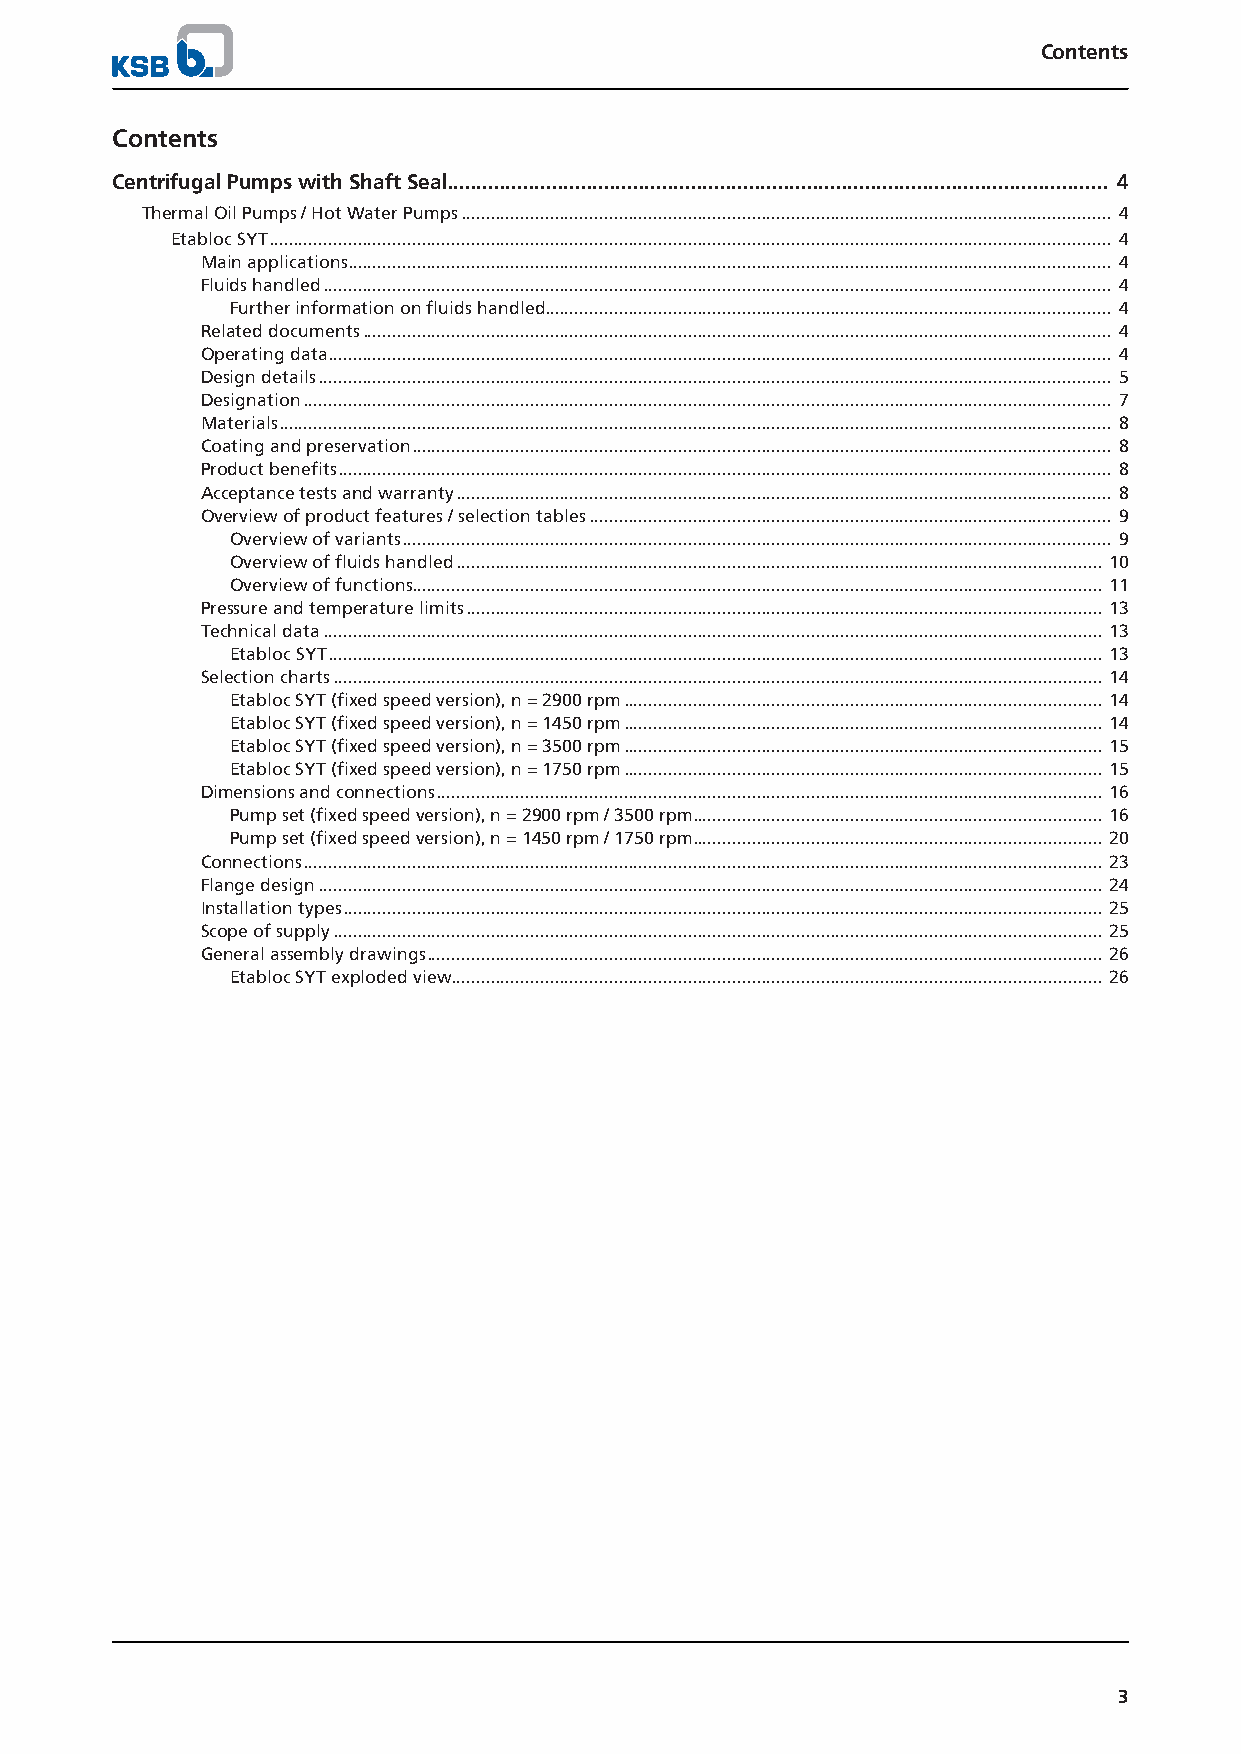
Contents
 Contents
 Centrifugal Pumps with Shaft Seal.................................................................................................................. 4
 Thermal Oil Pumps / Hot Water Pumps.................................................................................................................................... 4
 Etabloc SYT........................................................................................................................................................................... 4
 Main applications........................................................................................................................................................... 4
 Fluids handled................................................................................................................................................................ 4
 Further information on fluids handled................................................................................................................... 4
 Related documents........................................................................................................................................................ 4
 Operating data............................................................................................................................................................... 4
 Design details................................................................................................................................................................. 5
 Designation.................................................................................................................................................................... 7
 Materials......................................................................................................................................................................... 8
 Coating and preservation.............................................................................................................................................. 8
 Product benefits............................................................................................................................................................. 8
 Acceptance tests and warranty..................................................................................................................................... 8
 Overview of product features / selection tables.......................................................................................................... 9
 Overview of variants................................................................................................................................................ 9
 Overview of fluids handled................................................................................................................................... 10
 Overview of functions............................................................................................................................................ 11
 Pressure and temperature limits................................................................................................................................. 13
 Technical data.............................................................................................................................................................. 13
 Etabloc SYT............................................................................................................................................................. 13
 Selection charts............................................................................................................................................................ 14
 Etabloc SYT (fixed speed version), n = 2900 rpm................................................................................................. 14
 Etabloc SYT (fixed speed version), n = 1450 rpm................................................................................................. 14
 Etabloc SYT (fixed speed version), n = 3500 rpm................................................................................................. 15
 Etabloc SYT (fixed speed version), n = 1750 rpm................................................................................................. 15
 Dimensions and connections....................................................................................................................................... 16
 Pump set (fixed speed version), n = 2900 rpm / 3500 rpm................................................................................... 16
 Pump set (fixed speed version), n = 1450 rpm / 1750 rpm................................................................................... 20
 Connections.................................................................................................................................................................. 23
 Flange design............................................................................................................................................................... 24
 Installation types.......................................................................................................................................................... 25
 Scope of supply............................................................................................................................................................ 25
 General assembly drawings......................................................................................................................................... 26
 Etabloc SYT exploded view.................................................................................................................................... 26
 3